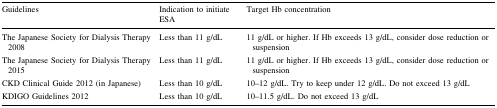
<table><thead><tr><td><b>Guidelines</b></td><td><b>Indication to initiate ESA</b></td><td><b>Target Hb concentration</b></td></tr></thead><tbody><tr><td>The Japanese Society for Dialysis Therapy 2008</td><td>Less than 11 g/dL</td><td>11 g/dL or higher. If Hb exceeds 13 g/dL, consider dose reduction or suspension</td></tr><tr><td>The Japanese Society for Dialysis Therapy 2015</td><td>Less than 11 g/dL</td><td>11 g/dL or higher. If Hb exceeds 13 g/dL, consider dose reduction or suspension</td></tr><tr><td>CKD Clinical Guide 2012 (in Japanese)</td><td>Less than 10 g/dL</td><td>10–12 g/dL. Try to keep under 12 g/dL. Do not exceed 13 g/dL</td></tr><tr><td>KDIGO Guidelines 2012</td><td>Less than 10 g/dL</td><td>10–11.5 g/dL. Do not exceed 13 g/dL</td></tr></tbody></table>